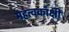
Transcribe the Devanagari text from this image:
महत्वकाँक्षी